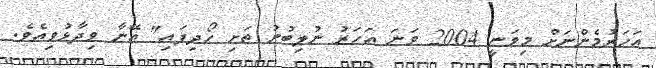
އަހަރުމެންނަށް މިވަނީ 2004 ވަނަ އަހަރު ނުލިބުނު ތަށި ހޯދިފައި" އޭނާ ވިދާޅުވިއެވެ.